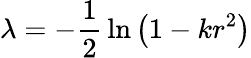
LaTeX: \lambda=-{\frac{1}{2}}\ln\left(1-kr^{2}\right)